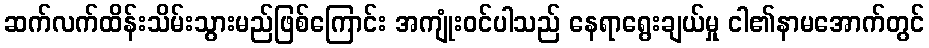
ဆက်လက်ထိန်းသိမ်းသွားမည်ဖြစ်ကြောင်း အကျုံးဝင်ပါသည် နေရာရွေးချယ်မှု ငါ၏နာမအောက်တွင်